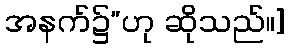
အနက်၌”ဟု ဆိုသည်။]